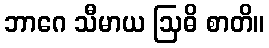
ဘာဂေ သီမာယ ဩဓိ စာတိ။